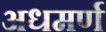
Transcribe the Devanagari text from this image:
अधमर्ण